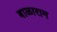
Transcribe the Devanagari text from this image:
बाळाराम